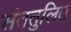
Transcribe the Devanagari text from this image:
संततुलित